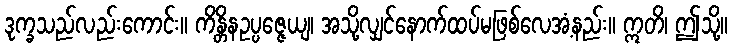
ဒုက္ခသည်လည်းကောင်း။ ကိန္တိနဥပ္ပဇ္ဇေယျ၊ အသို့လျှင်နောက်ထပ်မဖြစ်လေအံ့နည်း။ ဣတိ၊ ဤသို့။